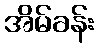
အိမ်ခန်း